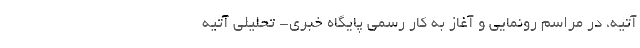
آتیه، در مراسم رونمایی و آغاز به کار رسمی پایگاه خبری- تحلیلی آتیه